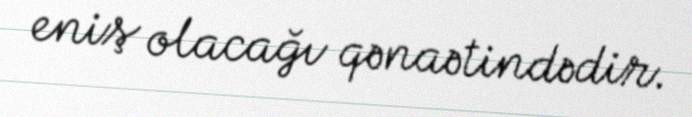
eniş olacağı qənaətindədir.